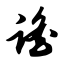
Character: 谣